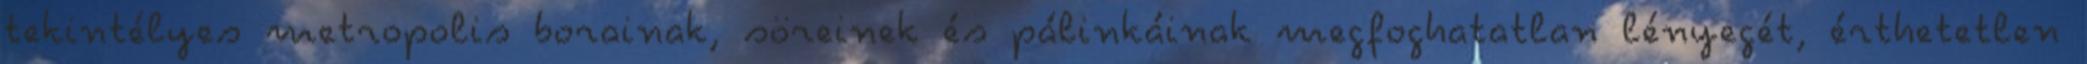
tekintélyes metropolis borainak, söreinek és pálinkáinak megfoghatatlan lényegét, érthetetlen